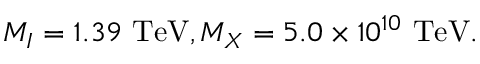
M _ { I } = 1 . 3 9 ~ \mathrm { T e V } , M _ { X } = 5 . 0 \times 1 0 ^ { 1 0 } ~ \mathrm { T e V } .